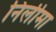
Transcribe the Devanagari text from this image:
निलीमा